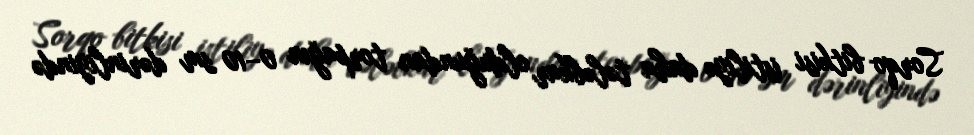
Sorqo bitkisi istiliyə daha tələbkar olduğundan torpağın 0–10 sm dərinliyində